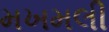
મખમલી